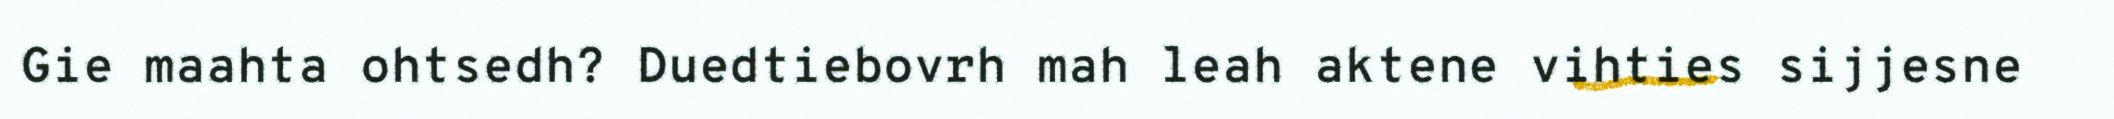
Gie maahta ohtsedh? Duedtiebovrh mah leah aktene vihties sijjesne